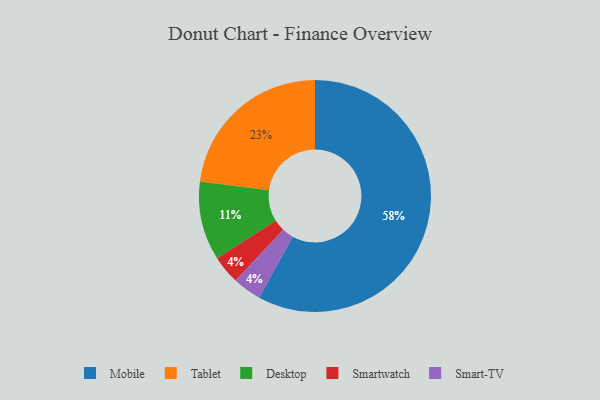
{"axis": {"x": "Category", "y": "Percentage"}, "legend": ["Desktop", "Mobile", "Smart-TV", "Smartwatch", "Tablet"], "data": [{"x": "Smartwatch", "y": 4, "type": "Smartwatch"}, {"x": "Mobile", "y": 58, "type": "Mobile"}, {"x": "Tablet", "y": 23, "type": "Tablet"}, {"x": "Smart-TV", "y": 4, "type": "Smart-TV"}, {"x": "Desktop", "y": 11, "type": "Desktop"}]}